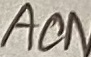
Text: ACN